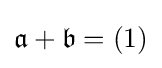
{\mathfrak {a}}+{\mathfrak {b}}=(1)